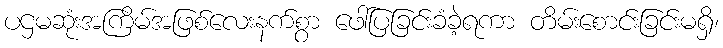
ပဌမဆုံးအကြိမ်အဖြစ်လေးနက်စွာ ဖေါ်ပြခြင်းခံခဲ့ရကာ တိမ်းစောင်းခြင်းမရှိ၊